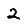
Digit: 2